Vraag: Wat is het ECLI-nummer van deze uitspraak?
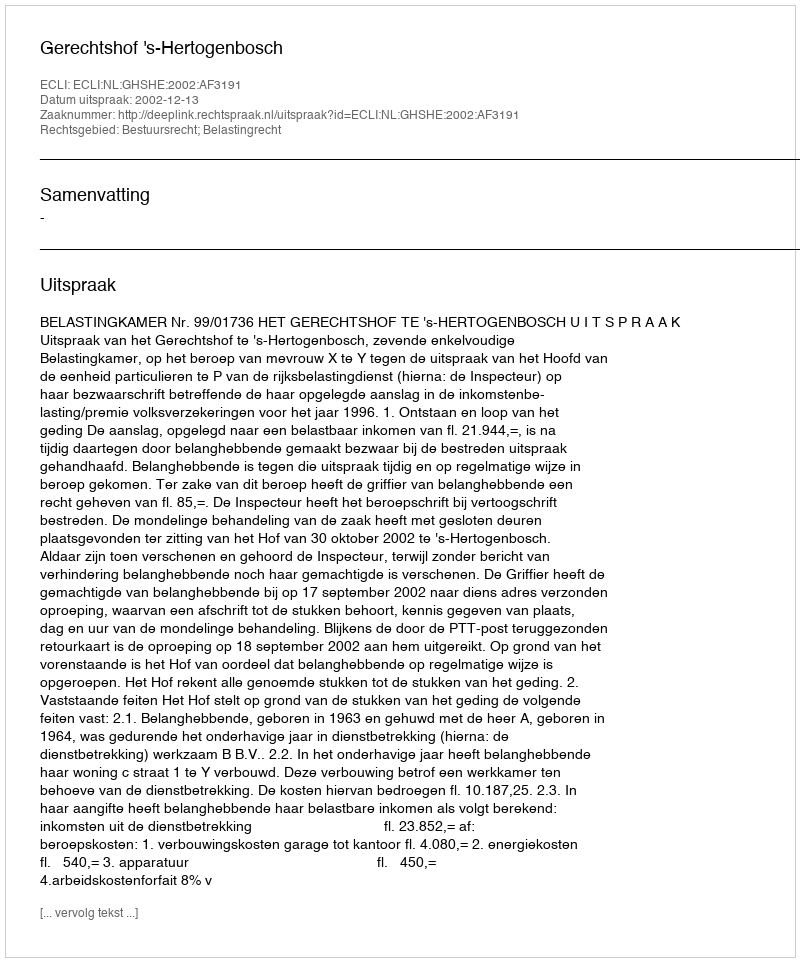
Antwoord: ECLI:NL:GHSHE:2002:AF3191